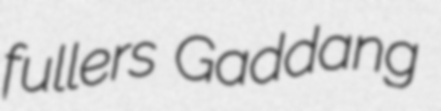
fullers Gaddang